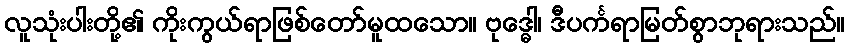
လူသုံးပါးတို့၏ ကိုးကွယ်ရာဖြစ်တော်မူထသော။ ဗုဒ္ဓေါ၊ ဒီပင်္ကရာမြတ်စွာဘုရားသည်။